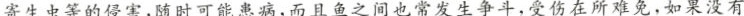
寄生虫等的侵害，随时可能患病，而且鱼之间也常发生争斗，受伤在所难免，如果没有